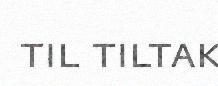
til tiltak